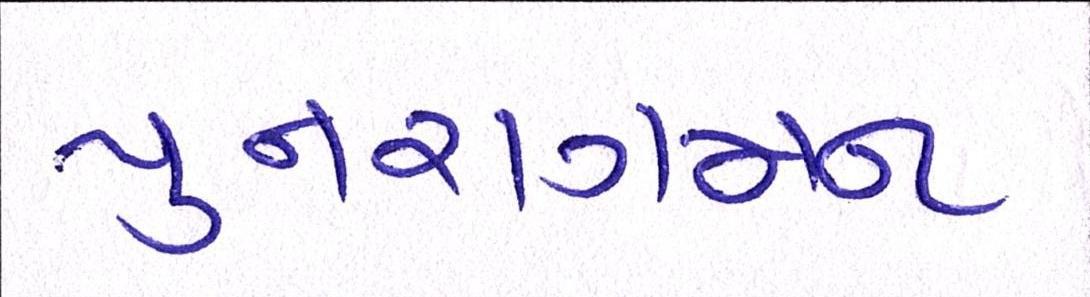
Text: પુનરાગમન